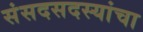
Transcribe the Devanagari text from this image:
संसदसदस्यांचा